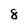
Character: 8